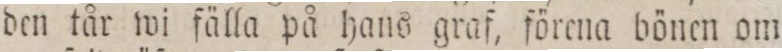
den tår wi fälla på hans graf, förena bönen om